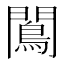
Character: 𨶠